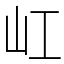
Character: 屸